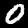
Digit: 0